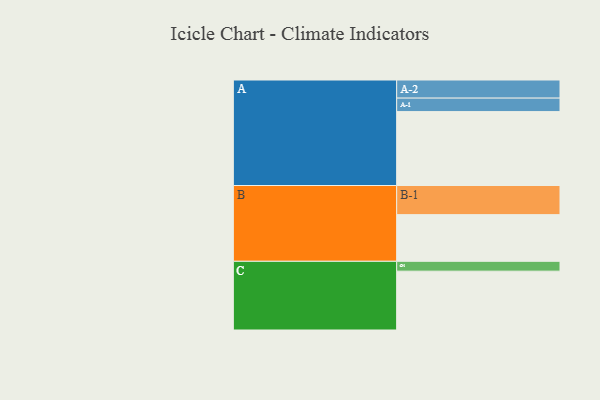
{"axis": {"x": "Segment", "y": "Value"}, "legend": ["", "A", "B", "C"], "data": [{"x": "A", "y": 510, "type": ""}, {"x": "B", "y": 322, "type": ""}, {"x": "C", "y": 406, "type": ""}, {"x": "A-1", "y": 93, "type": "A"}, {"x": "A-2", "y": 125, "type": "A"}, {"x": "B-1", "y": 201, "type": "B"}, {"x": "C-1", "y": 68, "type": "C"}]}